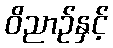
ဝိညာဉ်နှင့်